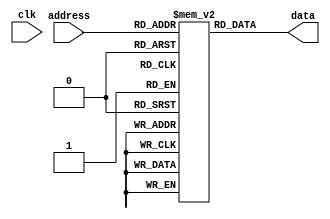
`timescale 1ns / 1ps
//////////////////////////////////////////////////////////////////////////////////
// Company: 
// Engineer: 
// 
// Design Name: 
// Module Name:    array_rom 
// Project Name: 
// Target Devices: 
// Tool versions: 
// Description: 
//
// Dependencies: 
//
// Revision: 
// Revision 0.01 - File Created
// Additional Comments: 
//
//////////////////////////////////////////////////////////////////////////////////
module array_rom(
    address,
	 data,
	 clk
	 );
	 
	 input [7:0] address;
	 input clk;
	 output reg [7:0] data;
	 
	 reg [7:0] memory [199:0]; 
	 initial begin 
	 memory[0] = 0;
	 memory[1] = 1;
	 memory[2] = 2;
	 memory[3] = 3; // 1
	 memory[4] = 4;
	 memory[5] = 5;
	 memory[6] = 6;
	 memory[7] = 7;
	 memory[8] = 8;
	 memory[9] = 9;
	 memory[10] = 3; // 2
	 memory[11] = 11;
	 memory[12] = 12;
	 memory[13] = 13;
	 memory[14] = 14;
	 memory[15] = 15;
	 memory[16] = 16;
	 memory[17] = 17;
	 memory[18] = 18;
	 memory[19] = 19;
	 memory[20] = 3; // 3
	 memory[21] = 21;
	 memory[22] = 22;
	 memory[23] = 23;
	 memory[24] = 24;
	 memory[25] = 25;
	 memory[26] = 26;
	 memory[27] = 27;
	 memory[28] = 28;
	 memory[29] = 29;
	 memory[30] = 3; // 4
	 memory[31] = 31;
	 memory[32] = 32;
	 memory[33] = 33;
	 memory[34] = 34;
	 memory[35] = 35;
	 memory[36] = 36;
	 memory[37] = 37;
	 memory[38] = 38;
	 memory[39] = 39;
	 memory[40] = 3; // 5
	 memory[41] = 41;
	 memory[42] = 42;
	 memory[43] = 43;
	 memory[44] = 44;
	 memory[45] = 45;
	 memory[46] = 46;
	 memory[47] = 47;
	 memory[48] = 48;
	 memory[49] = 49;
	 memory[50] = 3; // 6
	 memory[51] = 51;
	 memory[52] = 52;
	 memory[53] = 53;
	 memory[54] = 54;
	 memory[55] = 55;
	 memory[56] = 56;
	 memory[57] = 57;
	 memory[58] = 58;
	 memory[59] = 59;
	 memory[60] = 60;
	 memory[61] = 61;
	 memory[62] = 62;
	 memory[63] = 63;
	 memory[64] = 64;
	 memory[65] = 65;
	 memory[66] = 66;
	 memory[67] = 67;
	 memory[68] = 68;
	 memory[69] = 69;
	 memory[70] = 70;
	 memory[71] = 71;
	 memory[72] = 72;
	 memory[73] = 73;
	 memory[74] = 74;
	 memory[75] = 75;
	 memory[76] = 76;
	 memory[77] = 77;
	 memory[78] = 78;
	 memory[79] = 79;
	 memory[80] = 80;
	 memory[81] = 81;
	 memory[82] = 82;
	 memory[83] = 83;
	 memory[84] = 84;
	 memory[85] = 85;
	 memory[86] = 86;
	 memory[87] = 87;
	 memory[88] = 88;
	 memory[89] = 89;
	 memory[90] = 3; // 7
	 memory[91] = 91;
	 memory[92] = 92;
	 memory[93] = 93;
	 memory[94] = 94;
	 memory[95] = 95;
	 memory[96] = 96;
	 memory[97] = 97;
	 memory[98] = 98;
	 memory[99] = 99;
	 memory[100] = 100;
	 memory[101] = 101;
	 memory[102] = 102;
	 memory[103] = 103;
	 memory[104] = 104;
	 memory[105] = 105;
	 memory[106] = 106;
	 memory[107] = 107;
	 memory[108] = 108;
	 memory[109] = 109;
	 memory[110] = 3; // 8
	 memory[111] = 111;
	 memory[112] = 112;
	 memory[113] = 113;
	 memory[114] = 114;
	 memory[115] = 115;
	 memory[116] = 116;
	 memory[117] = 117;
	 memory[118] = 118;
	 memory[119] = 119;
	 memory[120] = 3; // 9
	 memory[121] = 121;
	 memory[122] = 122;
	 memory[123] = 123;
	 memory[124] = 124;
	 memory[125] = 125;
	 memory[126] = 126;
	 memory[127] = 127;
	 memory[128] = 128;
	 memory[129] = 129;
	 memory[130] = 3; // 10
	 memory[131] = 131;
	 memory[132] = 132;
	 memory[133] = 133;
	 memory[134] = 134;
	 memory[135] = 135;
	 memory[136] = 136;
	 memory[137] = 137;
	 memory[138] = 138;
	 memory[139] = 139;
	 memory[140] = 3; // 11
	 memory[141] = 141;
	 memory[142] = 142;
	 memory[143] = 143;
	 memory[144] = 144;
	 memory[145] = 145;
	 memory[146] = 146;
	 memory[147] = 147;
	 memory[148] = 148;
	 memory[149] = 149;
	 memory[150] = 150; // 12
	 memory[151] = 151;
	 memory[152] = 152;
	 memory[153] = 153;
	 memory[154] = 154;
	 memory[155] = 155;
	 memory[156] = 156;
	 memory[157] = 157;
	 memory[158] = 158;
	 memory[159] = 159;
	 memory[160] = 160;
	 memory[161] = 161;
	 memory[162] = 162;
	 memory[163] = 163;
	 memory[164] = 164;
	 memory[165] = 165;
	 memory[166] = 166;
	 memory[167] = 167;
	 memory[168] = 168;
	 memory[169] = 169;
	 memory[170] = 170;
	 memory[171] = 171;
	 memory[172] = 172;
	 memory[173] = 173;
	 memory[174] = 174;
	 memory[175] = 175;
	 memory[176] = 176;
	 memory[177] = 177;
	 memory[178] = 178;
	 memory[179] = 179;
	 memory[180] = 3; // 13
	 memory[181] = 3; // 14 
	 memory[182] = 3; // 14
	 memory[183] = 183;
	 memory[184] = 184;
	 memory[185] = 185;
	 memory[186] = 186;
	 memory[187] = 187;
	 memory[188] = 188;
	 memory[189] = 189;
	 memory[190] = 190;
	 memory[191] = 191;
	 memory[192] = 192;
	 memory[193] = 193;
	 memory[194] = 194;
	 memory[195] = 195;
	 memory[196] = 196;
	 memory[197] = 197;
	 memory[198] = 198;
	 memory[199] = 199;
	 end
	 
	 always@(clk)
		begin
			data = memory[address];
		end
endmodule